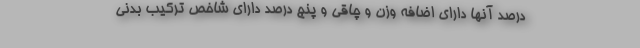
درصد آنها دارای اضافه وزن و چاقی و پنج درصد دارای شاخص ترکیب بدنی